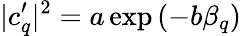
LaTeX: |c_{q}^{\prime}|^{2}=a\exp{(-b\beta_{q})}